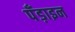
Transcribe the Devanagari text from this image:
पँड़ाइन